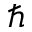
\hbar